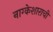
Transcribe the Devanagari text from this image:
नाग्केशाराची